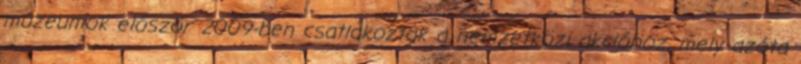
múzeumok először 2009-ben csatlakoztak a nemzetközi akcióhoz, mely azóta